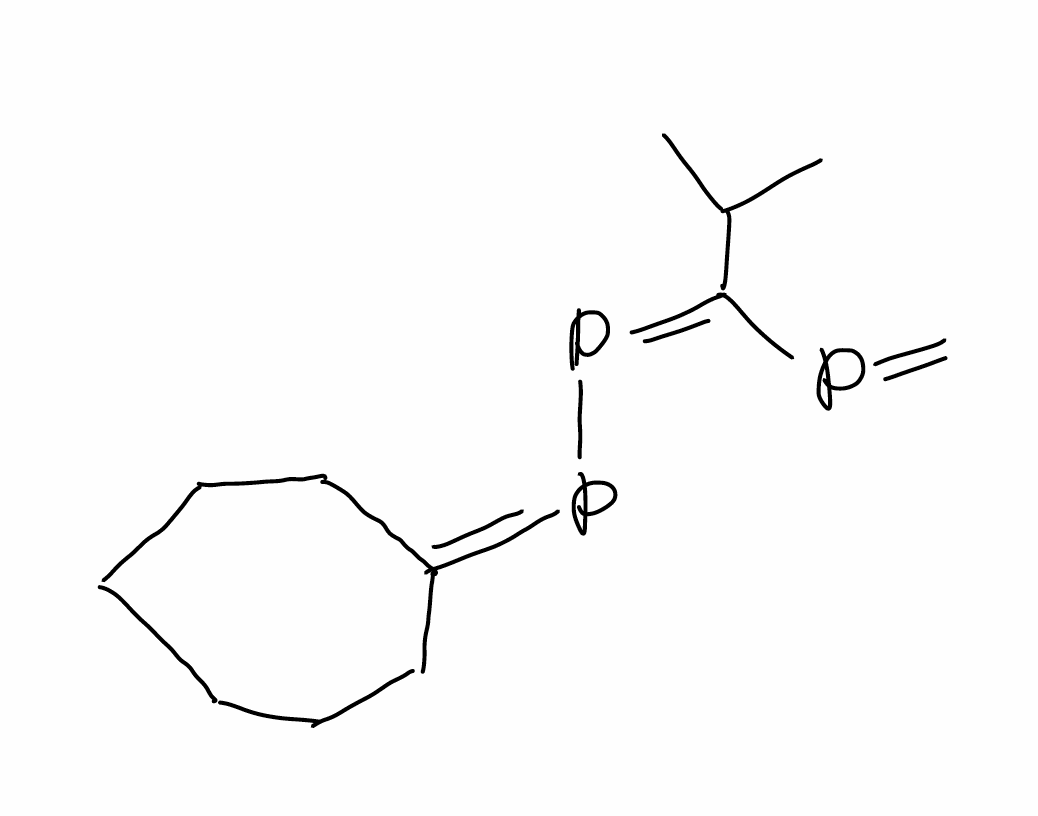
Simplified molecular-input line-entry system (SMILES) notation of the given molecule:
CC(C)C(=PP=C1CCCCCC1)P=C